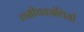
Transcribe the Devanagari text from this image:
लसीकाग्रंथियाँ